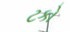
ટકો